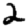
Digit: 2